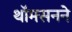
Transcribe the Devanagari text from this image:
थॉमसनने